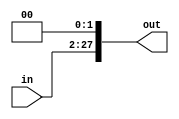
module ShiftLeftJump(in, out);
input [25:0] in;
output reg [27:0] out;

    always@(in) begin
        out = in << 2;
    end
    
endmodule